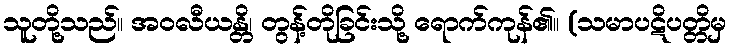
သူတို့သည်။ အဝလီယန္တိ၊ တွန့်တိုခြင်းသို့ ရောက်ကုန်၏။ (သမာပဋိပတ္တိမှ